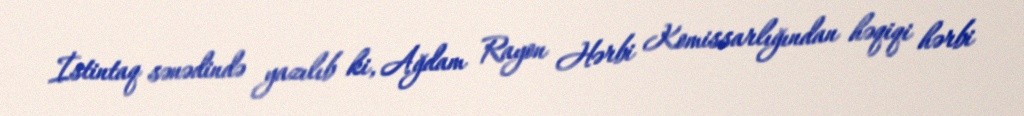
İstintaq sənədində yazılıb ki, Ağdam Rayon Hərbi Komissarlığından həqiqi hərbi